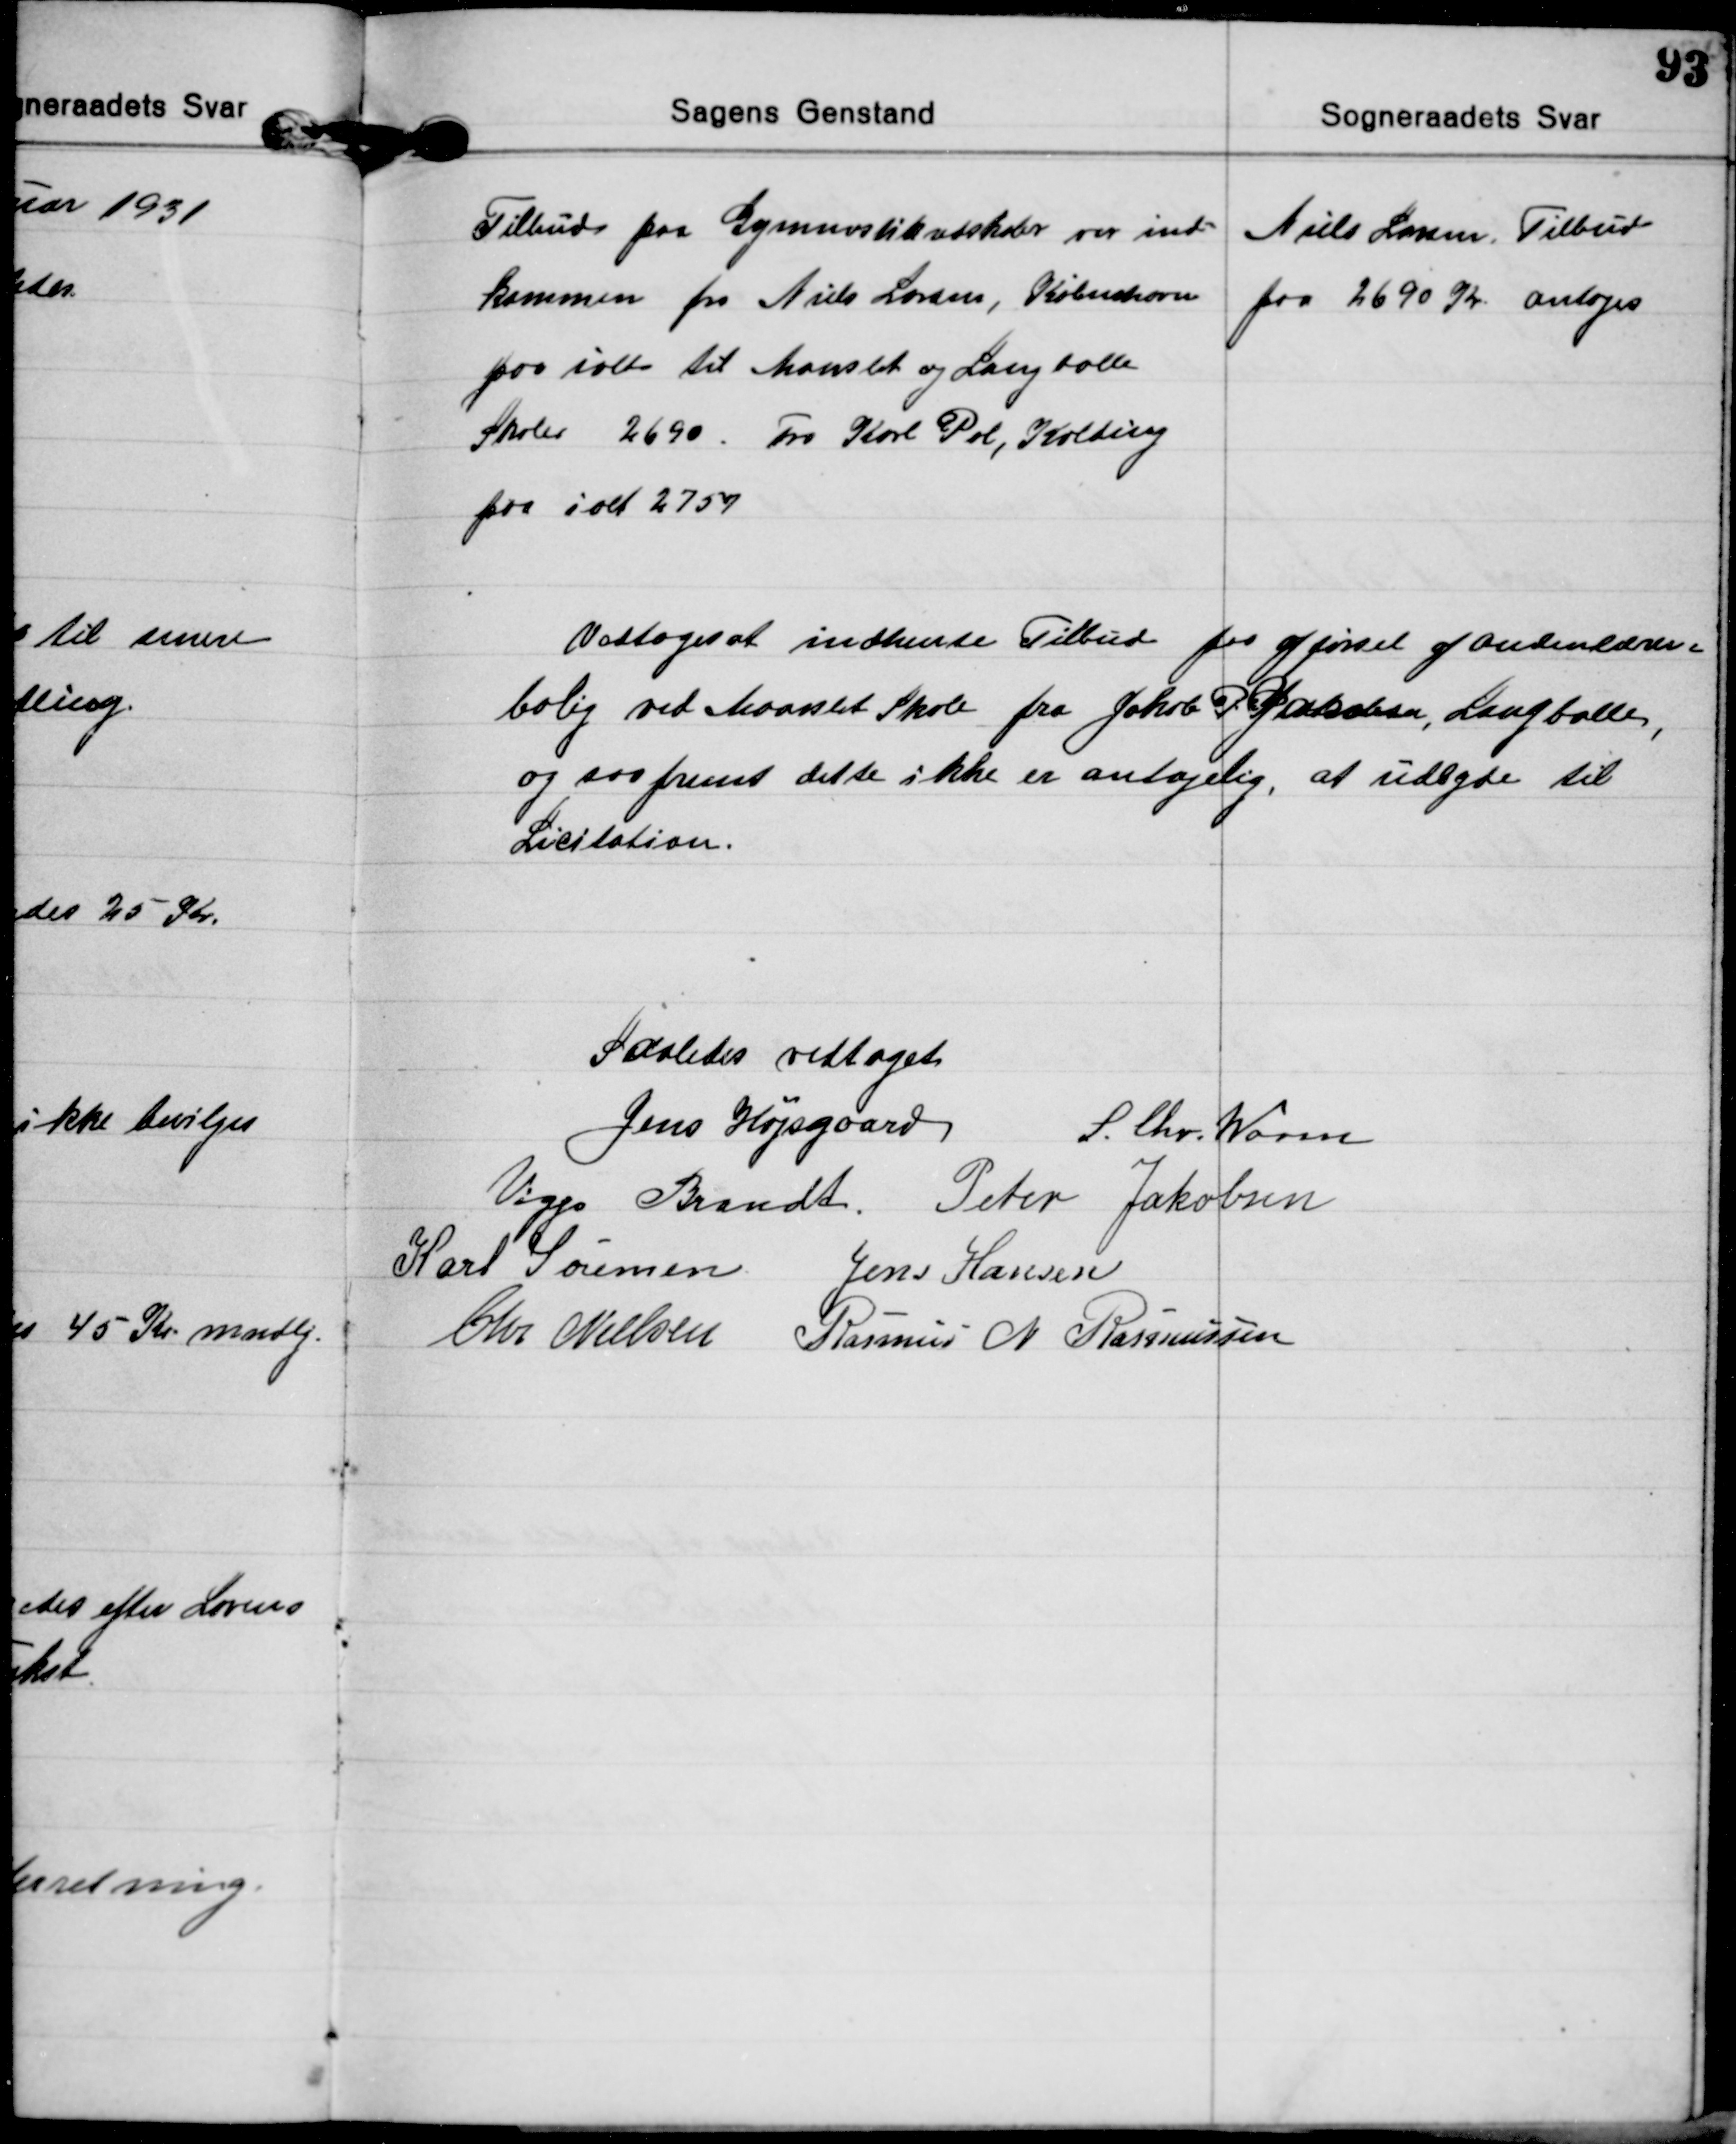
Transskription:
Tilbud paa Gymnastikredskaber var ind=
kommen fra Niels Larsen, København
paa ialt til Maarslet og Langballe
Skoler 2690 Fra Karl Pol, Kolding
paa ialt 2757
Niels Larsen Tilbud
paa 2690 Kr. antoges

Vedtoges at indhente Tilbud paa opførsel af Andenlærer=
bolig ved Maarslet Skole fra Jakob P. Jakobsen, Langballe,
og saafremt dette ikke er antagelig, at udbyde til
Licitation.

Saaledes vedtaget
Jens Højsgaard S. Chr. Worm
Viggo Brandt Peter Jakobsen
Karl Sørensen Jens Hansen
Chr. Nielsen Rasmus N. Rasmussen